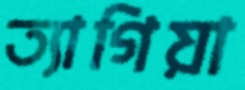
ত্যাগিয়া